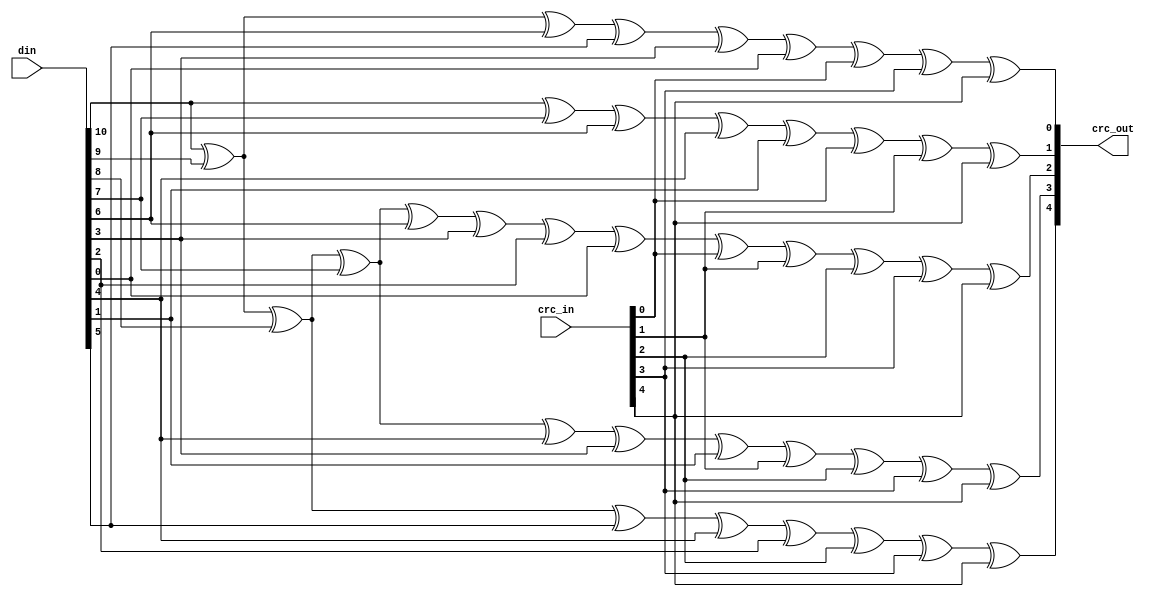
module usbf_crc5(crc_in, din, crc_out);
input	[4:0]	crc_in;
input	[10:0]	din;
output	[4:0]	crc_out;

assign crc_out[0] =	din[10] ^ din[9] ^ din[6] ^ din[5] ^ din[3] ^
			din[0] ^ crc_in[0] ^ crc_in[3] ^ crc_in[4];

assign crc_out[1] =	din[10] ^ din[7] ^ din[6] ^ din[4] ^ din[1] ^
			crc_in[0] ^ crc_in[1] ^ crc_in[4];

assign crc_out[2] =	din[10] ^ din[9] ^ din[8] ^ din[7] ^ din[6] ^
			din[3] ^ din[2] ^ din[0] ^ crc_in[0] ^ crc_in[1] ^
			crc_in[2] ^ crc_in[3] ^ crc_in[4];

assign crc_out[3] =	din[10] ^ din[9] ^ din[8] ^ din[7] ^ din[4] ^ din[3] ^
			din[1] ^ crc_in[1] ^ crc_in[2] ^ crc_in[3] ^ crc_in[4];

assign crc_out[4] =	din[10] ^ din[9] ^ din[8] ^ din[5] ^ din[4] ^ din[2] ^
			crc_in[2] ^ crc_in[3] ^ crc_in[4];

endmodule